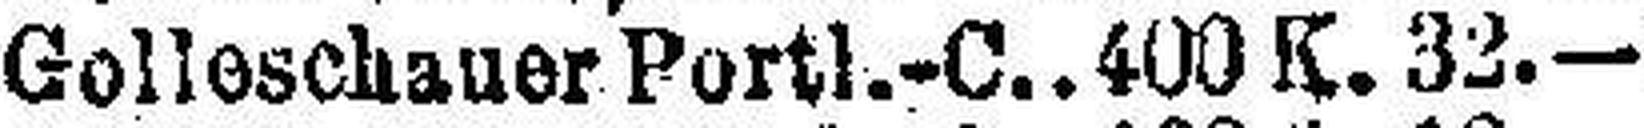
Golleschauer Portl. -C. 400 K. 32.—